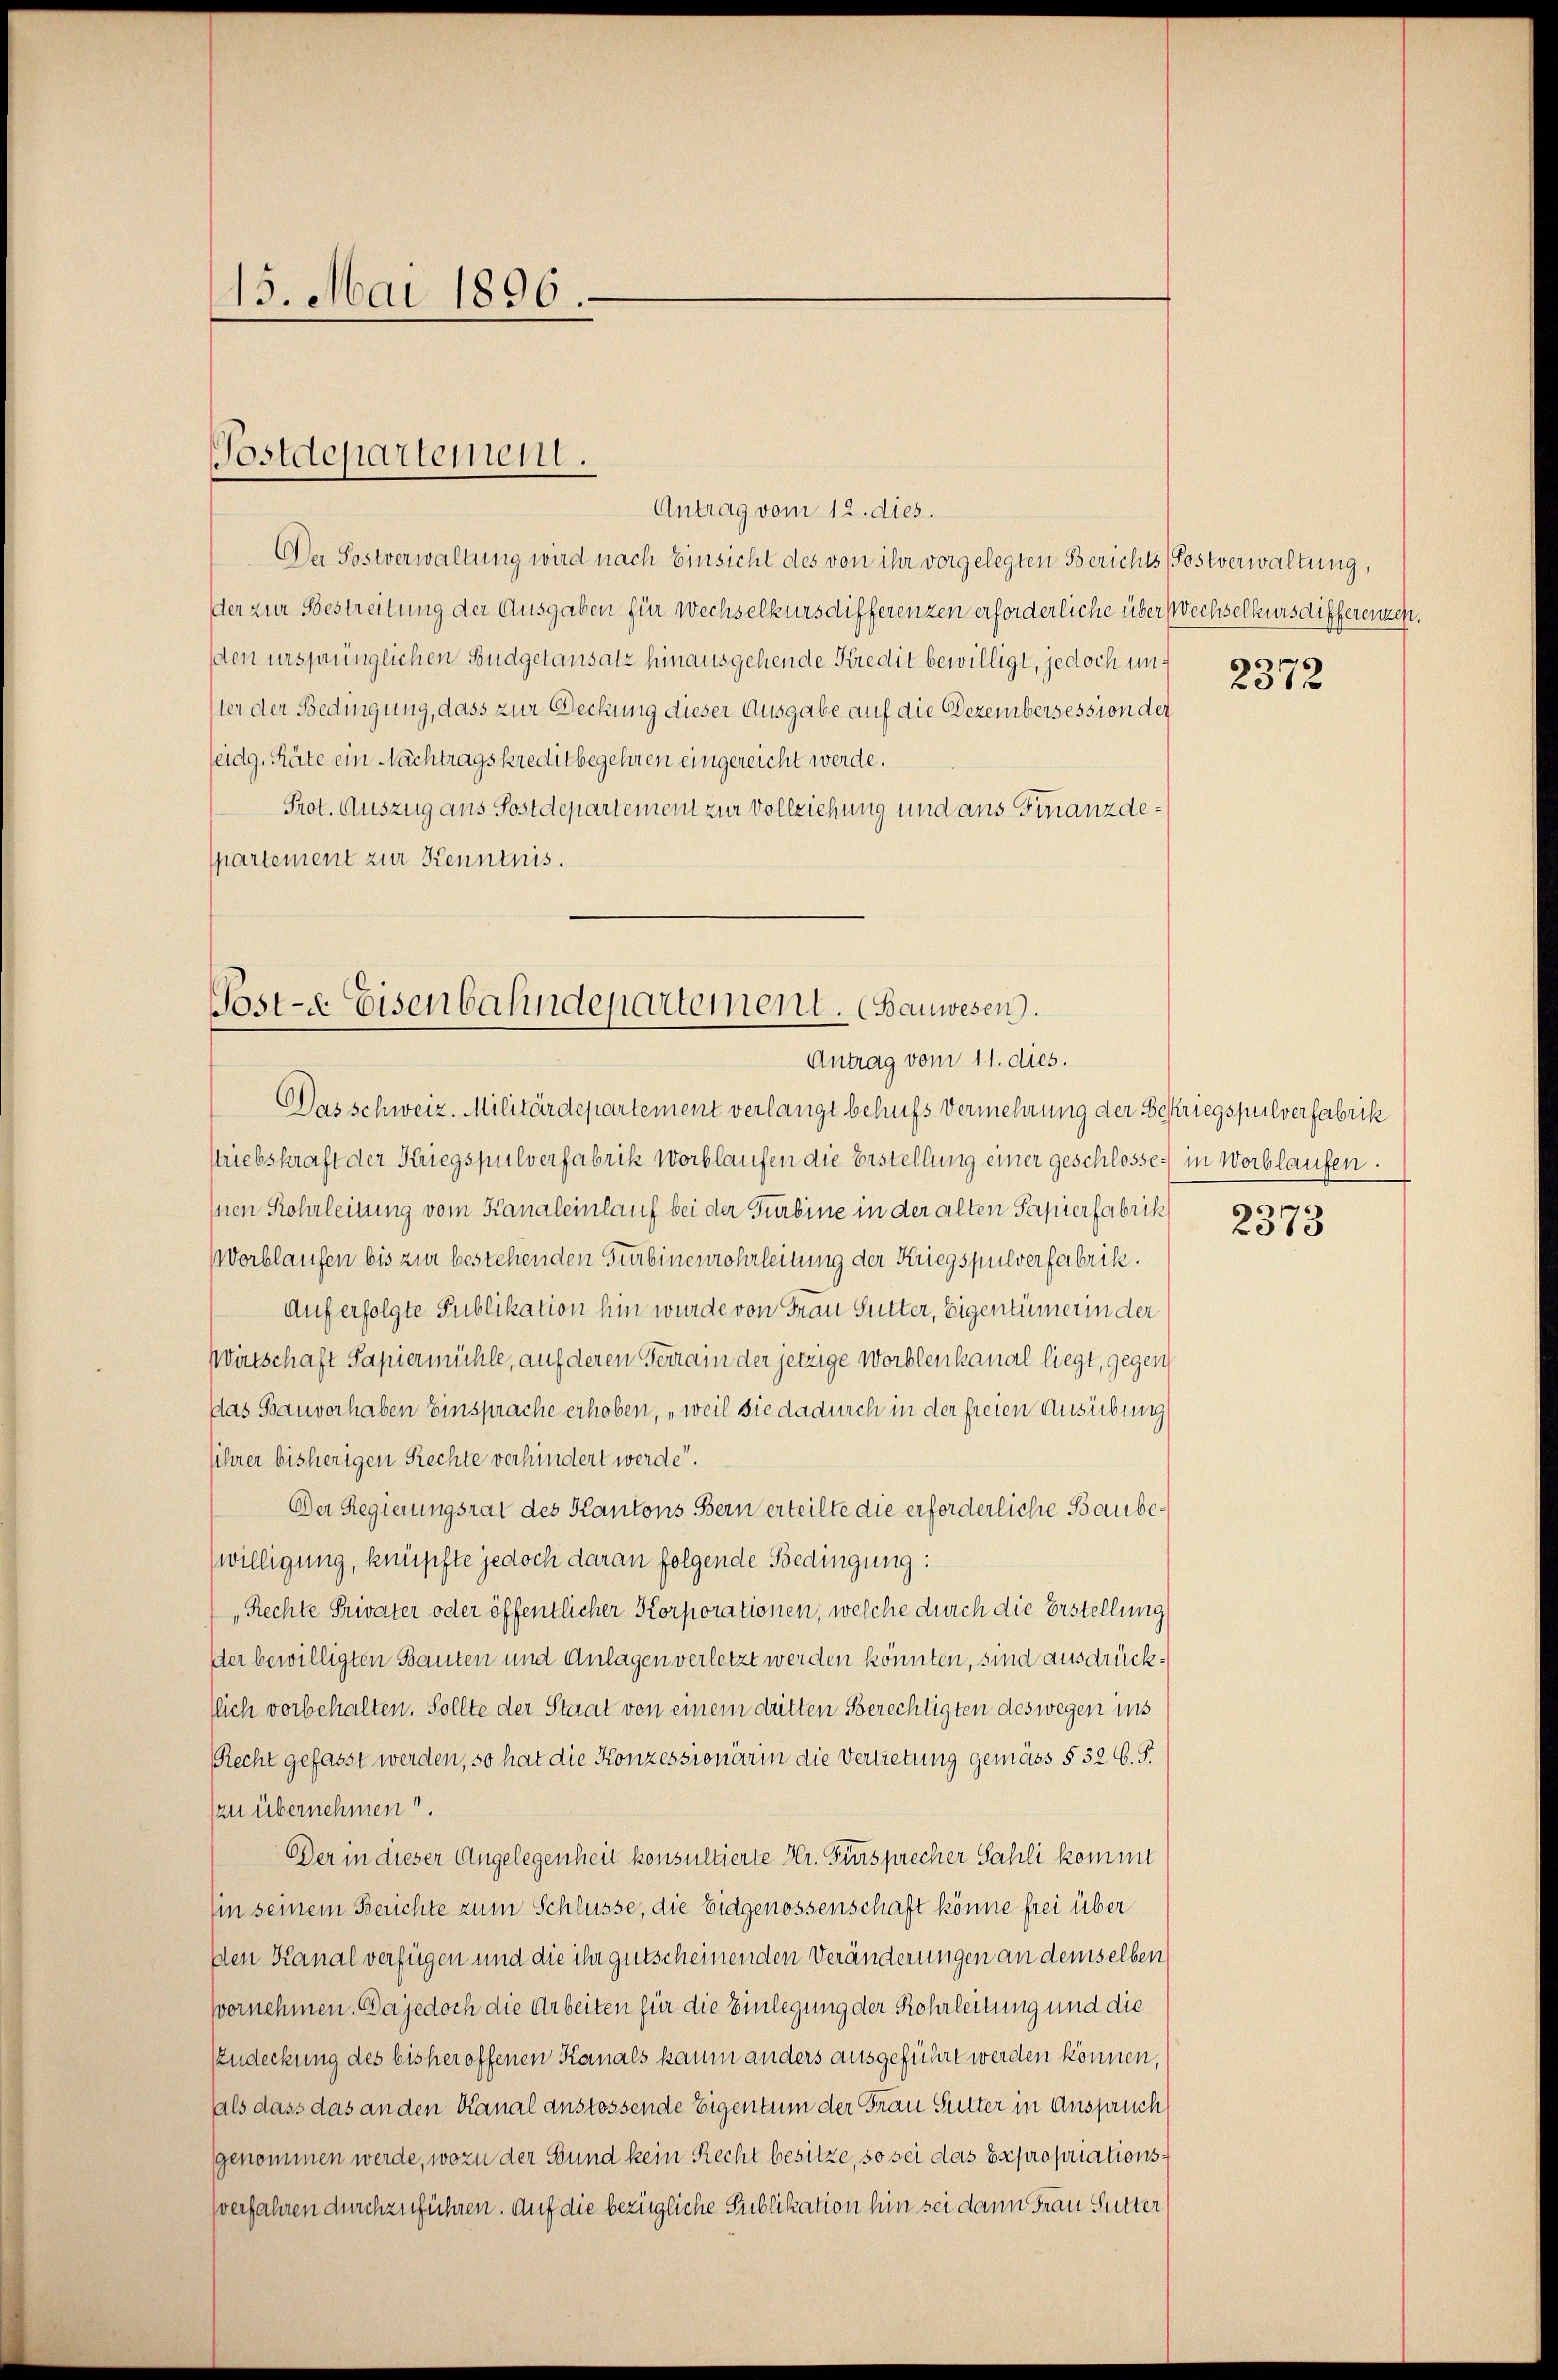
15. Mai 1896.

Antrag vom 12. dies.
Der Sostverwaltung wird nach Einsicht des von ihr vorgelegten Berichts (Postverwaltung,
der zur Bestreitung der Ausgaben für Wechselkursdifferenzen erforderliche über Wechselkursdifferenzen.
den ursprünglichen Budgetansatz hinausgehende Kredit bewilligt, jedoch unster der Bedingung, dass zur Deckung dieser Ausgabe auf die Dezembersession der
seidg. Räte ein Nachtragskreditbegehren eingereicht werde.
Prot. Auszug aus Postdepartement zur Vollziehung und aus Finanzdespartement zur Kenntnis.

Postdepartement.

Post-E Eisenbahndepartement. (Bauwesen.
Antrag vom 11. dies.

Das schweiz. Militärdepartement verlangt behufs Vermehrung der Bekriegspulverfabrik
striebskraft der Kriegspulverfabrik Worblaufen die Erstellung einer geschlossen in Worblaufen.
Inen Kohrleitung vom Kanaleinlauf bei der Turbine in der alten Papierfabrik
orblaufen bis zur bestehenden Turbinenrohrleitung der Kriegspulverfabrik.
Auf erfolgte Publikation hin wurde von Frau Sutter, Eigentümerin der
Wirtschaft Papiermühle, auf deren Ferrain der jetzige Worblenkanal liegt, gegen
das Bauvorhaben Einsprache erhoben, „weil sie dadurch in der freien Ausübung
sihrer bisherigen Rechte verhindert werde.
Der Regierungsrat des Kantons Bern erteilte die erforderliche Baubewilligung, knüpfte jedoch daran folgende Bedingung:
„Rechte Privater oder öffentlicher Korporationen, welche durch die Erstellung
der bewilligten Bauten und Anlagen verletzt werden könnten, sind ausdrückllich vorbehalten. Sollte der Staat von einem dritten Berechtigten deswegen ins
Recht gefasst werden, so hat die Konzessionärin die Vertretung gemäss § 32 s. S.
zu übernehmen.
Der in dieser Angelegenheit konsultierte Hr. Fürsprecher Sahli kommt
Ein seinem Berichte zum Schlüsse, die Eidgenossenschaft könne frei über
Den Kanal verfügen und die ihr gutscheinenden Veränderungen an demselben
vornehmen. Da jedoch die Arbeiten für die Einlegung der Rohrleitung und die
EZndeckung des bisher offenen Kanals kaum anders ausgeführt werden können,
als dass das anden Kanal anstossende Eigentum der Frau Sutter in Anspruch
genommen werde, wozu der Bund kein Recht besitze, so sei das Expropriationsverfahren durchzuführen. Auf die bezügliche Publikation hin sei dann Frau Sutter

2372

6

015